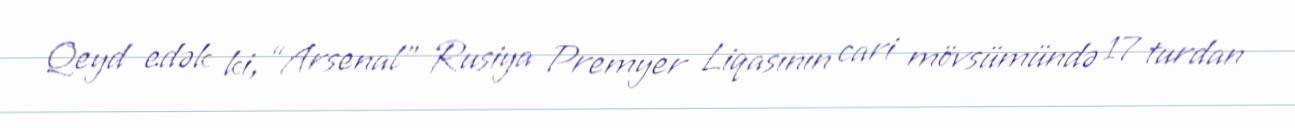
Qeyd edək ki, “Arsenal” Rusiya Premyer Liqasının cari mövsümündə 17 turdan